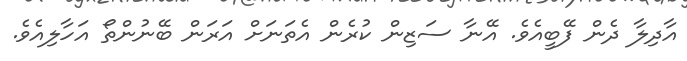
އާދިލާ ދެން ފޭބީއެވެ. އޭނާ ސަޒިން ކުރެން އެތަނަށް އަރަން ބޭނުންތޯ އަހާލިއެވެ.